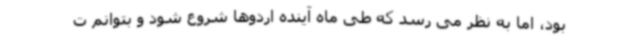
بود، اما به نظر می رسد که طی ماه آینده اردوها شروع شود و بتوانم ت